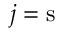
j = \mathrm { s }